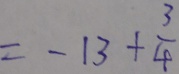
= - 1 3 + \frac { 3 } { 4 }